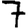
Digit: 7